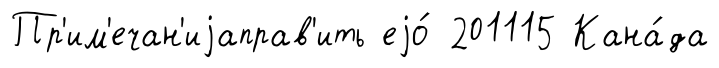
Пр'им'ечан'иjаправ'ить еjо́ 201115 Кана́да